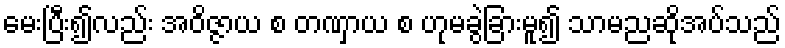
မေးပြီး၍လည်း အဝိဇ္ဇာယ စ တဏှာယ စ ဟုမခွဲခြားမူ၍ သာမညဆိုအပ်သည်